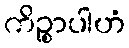
ကိဉ္စာပါဟံ